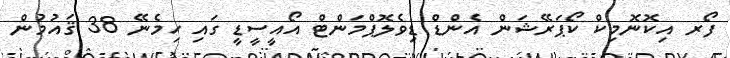
ފޯރ އިކޮނޮމިކް ކޯޕަރޭޝަން އެންޑް ޑިވެލޮޕްމަންޓް އޯއީސީޑީ ގައި ހިމެނޭ 38 ޤައުމުން